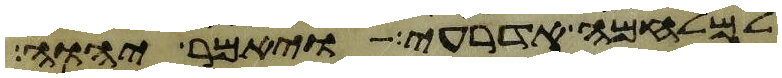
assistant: למלחמה אדרעי ויאמר יהוה